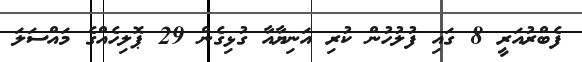
ފެބްރުއަރީ 8 ގައި ފުލުހުން ކުރި އަނިޔާއާ ގުޅިގެން 29 ޕޮލިހެއްގެ މައްސަލަ